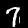
Label: 7